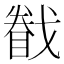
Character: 𢨄